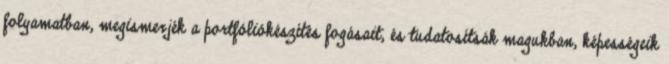
folyamatban, megismerjék a portfóliókészítés fogásait, és tudatosítsák magukban, képességeik